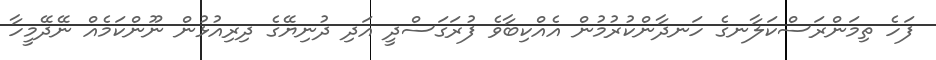
ފަހެ ތިމަންރަސްކަލާނގެ ހަނދާންކުރުމުން އެއްކިބާވެ ފުރަގަސްދީ އަދި ދުނިޔޭގެ ދިރިއުޅުން ނޫންކަމެއް ނޭދޭމީހާ